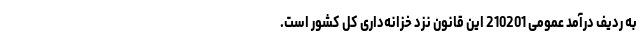
به ردیف درآمد عمومی 210201 این قانون نزد خزانه‌داری کل‌ کشور است.